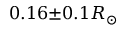
0 . 1 6 { \pm } 0 . 1 R _ { \odot }